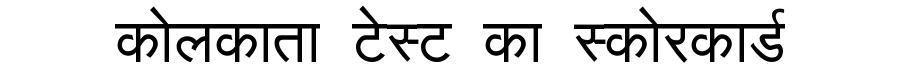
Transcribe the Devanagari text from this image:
कोलकाता टेस्ट का स्कोरकार्ड